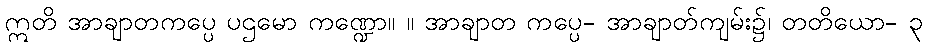
ဣတိ အာချာတကပ္ပေ ပဌမော ကဏ္ဍော။ ။ အာချာတ ကပ္ပေ- အာချာတ်ကျမ်း၌၊ တတိယော- ၃